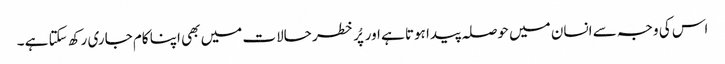
اس کی وجہ سے انسان میں حوصلہ پیدا ہوتا ہے اور پُر خطر حالات میں بھی اپنا کام جاری رکھ سکتا ہے ۔